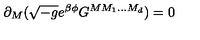
\partial _ { M } ( \sqrt { - g } e ^ { \beta \phi } G ^ { M M _ { 1 } . . . M _ { d } } ) = 0